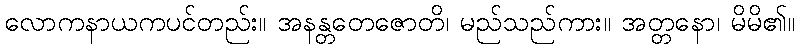
လောကနာယကပင်တည်း။ အနန္တတေဇောတိ၊ မည်သည်ကား။ အတ္တနော၊ မိမိ၏။